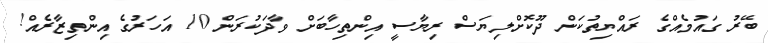
ބޭރު ގައުމެއްގެ ރައްޔިތުކަން ދޫކޮށްލިޔަސް ރިޔާސީ އިންތިހާބަށް ވާދަކުރަން 10 އަހަރުގެ އިންތިޒާރެއް!